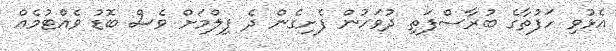
އެޅުވި ހަފުތާގެ ބުރާސްފަތި ދުވަހުން ފެށިގެން ދެ ފިލްމަށް ވެސް ބޮޑު ވެއްޓުމެއް